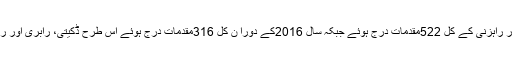
تفصیلات کے مطابق سال 2015کے دوران ڈکیتی، رابری اور راہزنی کے کل 522مقدمات درج ہوئے جبکہ سال 2016کے دورا ن کل 316مقدمات درج ہوئے اس طرح ڈکیتی، رابری اور راہزنی جیسے سنگین کرائم میں 40فیصد کمی ریکارڈ کی گئی۔